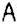
A